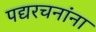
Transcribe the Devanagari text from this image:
पद्यरचनांना